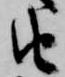
由